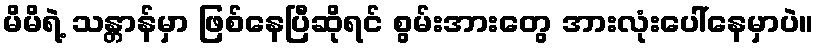
မိမိရဲ့ သန္တာန်မှာ ဖြစ်နေပြီဆိုရင် စွမ်းအားတွေ အားလုံးပေါ်နေမှာပဲ။